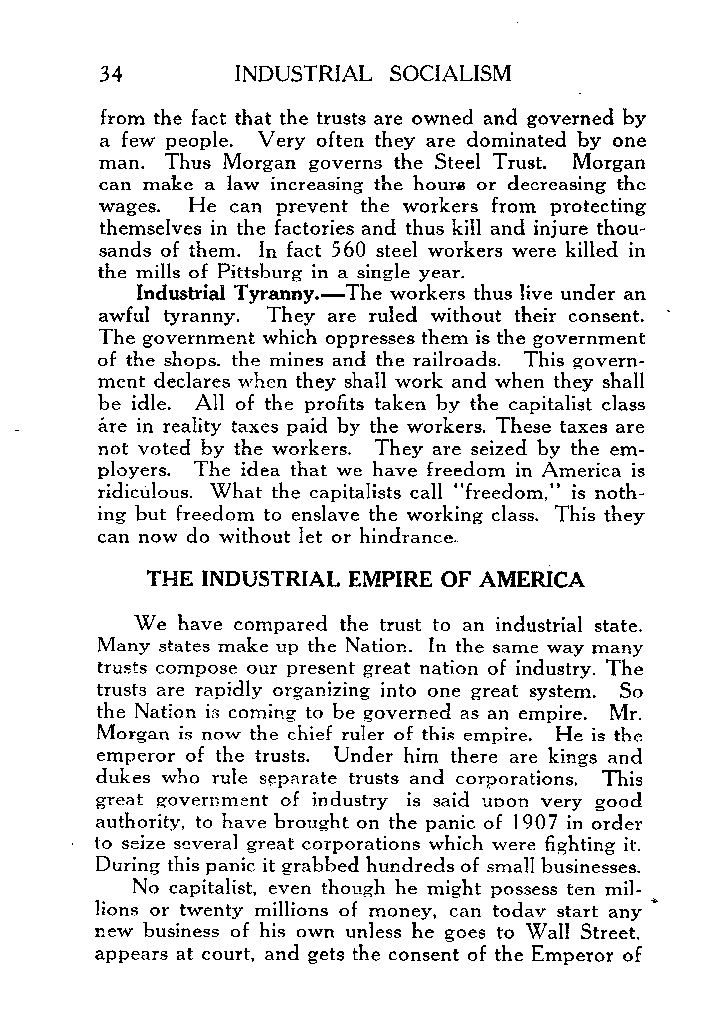
34       INDUSTRIAL SOCIALISM
 from the fact that the trusts are owned and governed by
 a few people. Very often they are dominated by one
 man. Thus Morgan governs the Steel Trust. Morgan
 can make a law increasing the hours or decreasing the
 wages. He can prevent the workers from protecting
 themselves in the factories and thus kill and injure thou-
 sands of them. In fact 560 steel workers were killed in
 the mills of Pittsburg in a single year.
 Industrial Tyranny.-The workers thus live under an
 awful tyranny. They are ruled without their consent. ’
 The government which oppresses them is the government
 of the shops. the mines and the railroads. This govern-
 ment declares when they shall work and when they shall
 be idle. All of the profits taken by the capitalist class
 are in reality taxes paid by the workers. These taxes are
 not voted by the workers. They are seized by the em-
 ployers. The idea that we have freedom in America is
 ridiculous. What the capitalists call “freedom,” is noth-
 ing but freedom to enslave the working class. This they
 can now do without let or hindrance.
 THE INDUSTRIAL EMPIRE OF AMERICA
 We have compared the trust to an industrial state.
 Many states make up the Nation. In the same way many
 trusts compose our present great nation of industry. The
 trusts are rapidly organizing into on.e great system. So
 the Nation is coming to be governed as an empire. Mr.
 Morgan is now the chief ruler of this empire. He is the
 emperor of the trusts. Under him there are kings and
 dukes who rule separate trusts and corporations. This
 great government of industry is said uoon very good
 authority, to have brought on the panic of 1907 in order
 to seize several great corporations which were fighting it.
 During this panic it grabbed hundreds of small businesses.
 No capitalist, even though he might possess ten mil-
 lions or twenty millions of money, can todav start any *
 new business of his own unless he goes to Wall Street,
 appears at court, and gets the consent of the Emperor of